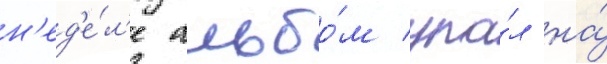
н'ед'е́л'е альбо́м упа́л на́